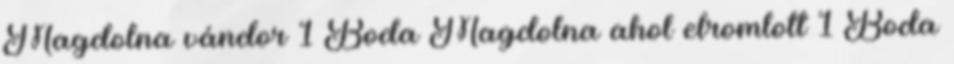
Magdolna vándor 1 Boda Magdolna ahol elromlott 1 Boda